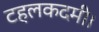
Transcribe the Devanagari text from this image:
टहलकदमी।